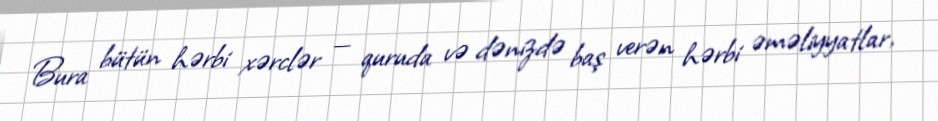
Bura bütün hərbi xərclər — quruda və dənizdə baş verən hərbi əməliyyatlar,